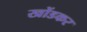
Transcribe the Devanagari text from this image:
खोंडकर